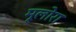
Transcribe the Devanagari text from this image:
मूलोरा